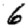
Digit: 6